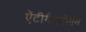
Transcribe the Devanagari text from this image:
ऐंटीगैसगैंग्रीन